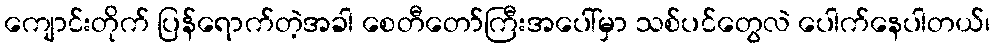
ကျောင်းတိုက် ပြန်ရောက်တဲ့အခါ စေတီတော်ကြီးအပေါ်မှာ သစ်ပင်တွေလဲ ပေါက်နေပါတယ်၊